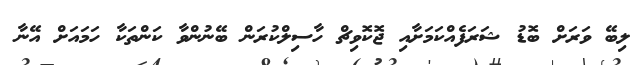
ލިބޭ ވަރަށް ބޮޑު ޝަރަފެއްކަމަށާއި ޖޮކޮވިޗް ހާސިލްކުރަން ބޭނުންވާ ކަންތަކާ ހަމައަށް އޭނާ